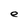
Character: e